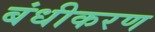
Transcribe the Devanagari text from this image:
बंधीकरण